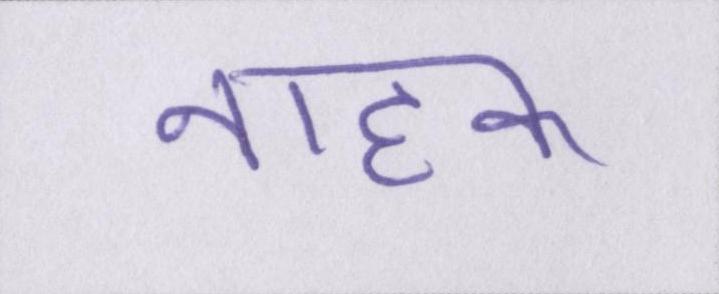
नाहक